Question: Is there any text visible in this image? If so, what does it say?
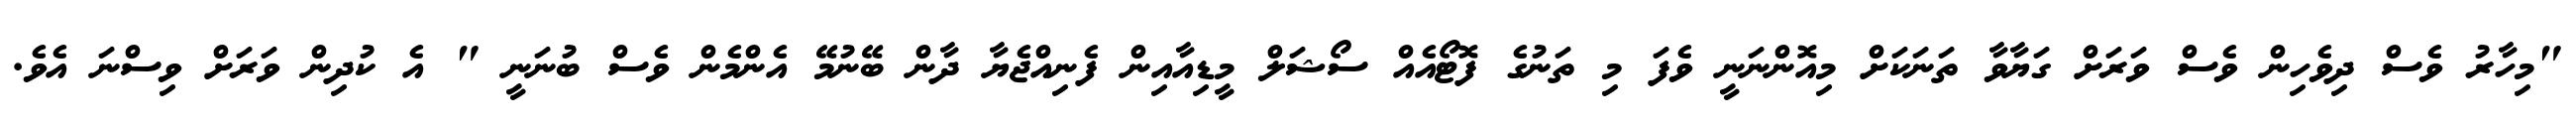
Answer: "މިހާރު ވެސް ދިވެހިން ވެސް ވަރަށް ގަޔާވާ ތަނަކަށް މިއޮންނަނީ ވެފަ މި ތަނުގެ ފޮޓޯއެއް ސޯޝަލް މީޑިއާއިން ފެނިއްޖެޔާ ދާން ބޭނުމޭ އެންމެން ވެސް ބުނަނީ " އެ ކުދިން ވަރަށް ވިސްނަ އެވެ.